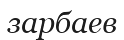
зарбаев